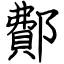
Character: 鄪